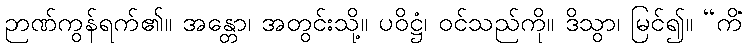
ဉာဏ်ကွန်ရက်၏။ အန္တော၊ အတွင်းသို့။ ပဝိဋ္ဌံ၊ ဝင်သည်ကို။ ဒိသွာ၊ မြင်၍။ “ကိံ